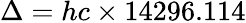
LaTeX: \Delta=hc\times 14296.114